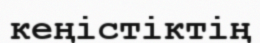
кеңістіктің